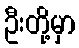
ဦးတို့မှာ